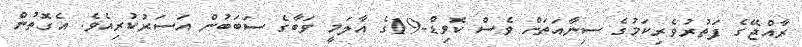
ރާއްޖޭގެ ފަތުރުވެރިކަމުގެ ސިނާއަތަށް ވެސް ކޮވިޑް-19ގެ އާލަމީ ވަބާގެ ސަބަބުން އަސަރުކުރިއެވެ. އެގޮތުން